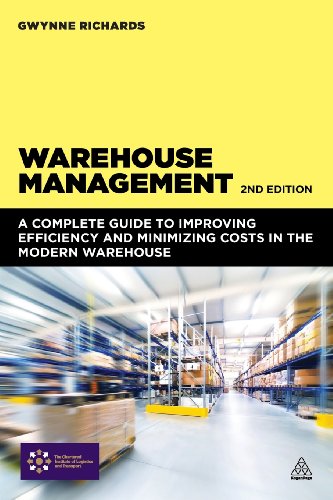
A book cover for Warehouse Management: A Complete Guide to Improving Efficiency and Minimizing Costs in the Modern Warehouse; Gwynne Richards; Business & Money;